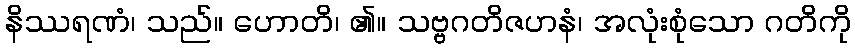
နိဿရဏံ၊ သည်။ ဟောတိ၊ ၏။ သဗ္ဗဂတိဇဟနံ၊ အလုံးစုံသော ဂတိကို